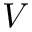
V